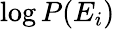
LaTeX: \log{P(E_{i})}